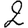
Digit: 2